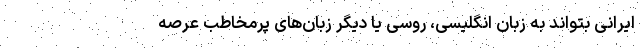
ایرانی بتواند به زبان انگلیسی، روسی یا دیگر زبان‌های پرمخاطب عرصه